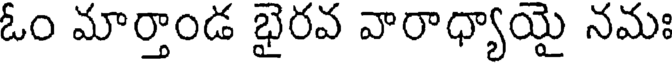
ఓం మార్తాండ భైరవ వారాధ్యాయై నమః